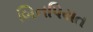
બિનપિયત